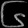
Digit: ၆